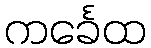
ကင်္ခေထ